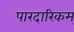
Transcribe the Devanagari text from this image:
पारदारिकम्